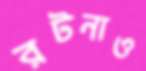
রটনাও